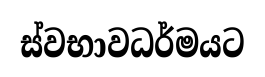
ස්වභාවධර්මයට